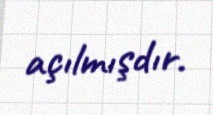
açılmışdır.